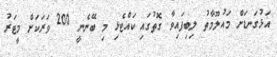
އަޅުގަނޑަށް މައުލޫމާތު ލިބިފައިވާ ގޮތުގައި ކައްޓެޅި މި ބޭނެނީ 200 ވަރަކަށް މީޓަރު